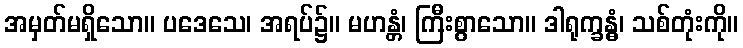
အမှတ်မရှိသော။ ပဒေသေ၊ အရပ်၌။ မဟန္တံ၊ ကြီးစွာသော။ ဒါရုက္ခန္ဓံ၊ သစ်တုံးကို။